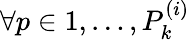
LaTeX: \forall p\in 1,\ldots,P_{k}^{(i)}